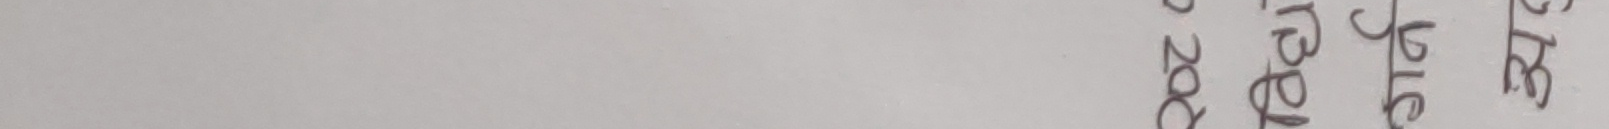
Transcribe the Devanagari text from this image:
स्टाईल ३०३